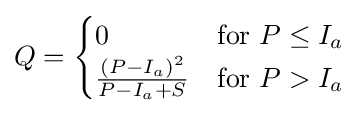
Q={\begin{cases}0&{\text{for }}P\leq I_{a}\\{\frac {(P-I_{a})^{2}}{{P-I_{a}}+S}}&{\text{for }}P>I_{a}\end{cases}}